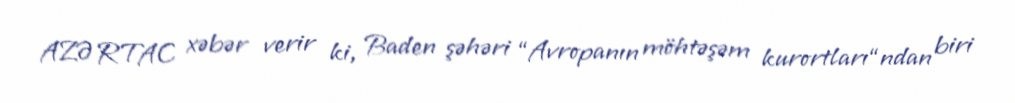
AZƏRTAC xəbər verir ki, Baden şəhəri “Avropanın möhtəşəm kurortları“ndan biri